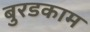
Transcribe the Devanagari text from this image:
बुरडकाम